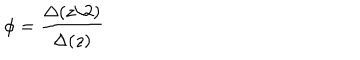
\phi = \frac { \Delta ( z / 2 ) } { \Delta ( z ) }